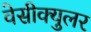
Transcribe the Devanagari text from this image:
वेसीक्युलर